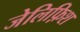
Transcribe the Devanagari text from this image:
जेलिफ़िश